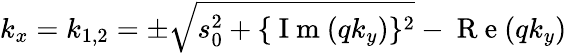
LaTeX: k_{x}=k_{1,2}=\pm\sqrt{s_{0}^{2}+\{ \mathrm{~I~m~}(qk_{y})\} ^{2}}-\mathrm{~R~e~}(qk_{y})